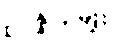
ဥပ္ပန္န ၄-မျိုး။